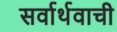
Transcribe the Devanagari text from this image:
सर्वार्थवाची